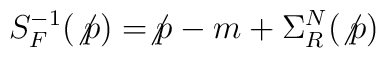
S_{F}^{-1}(\not{p})=\not{p}-m+\Sigma _{R}^{N}(\not{p})